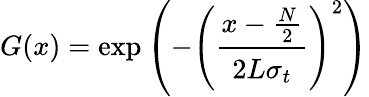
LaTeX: G(x)=\exp\left(-\left({\cfrac{x-{\frac{N}{2}}}{2L\sigma_{t}}}\right)^{2}\right)